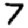
Digit: 7